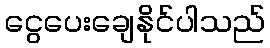
ငွေပေးချေနိုင်ပါသည်